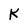
Character: K